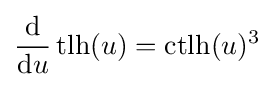
{\frac {\mathrm {d} }{\mathrm {d} u}}\operatorname {tlh} (u)=\operatorname {ctlh} (u)^{3}